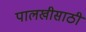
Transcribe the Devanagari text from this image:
पालखीसाठी